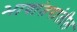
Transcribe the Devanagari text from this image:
भाषांतरांतील